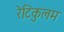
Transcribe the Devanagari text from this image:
रॆटिकुलम